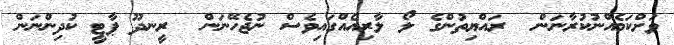
ވަށްކަމެއްނުކުރާނަން  ރައްޔިތުންގެ ލޯ ލާރިއެއްގައިވެސް ނުޖެހޭނަން  ރީނދޫ ޕާޓީ ކުދިންނަން